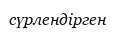
сүрлендірген